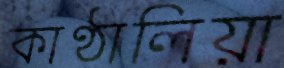
কাণ্ঠালিয়া